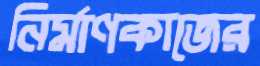
নির্মাণকাজের